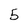
Character: 5